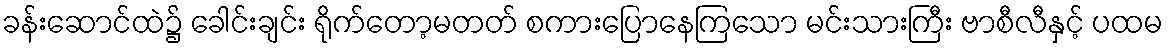
ခန်းဆောင်ထဲ၌ ခေါင်းချင်း ရိုက်တော့မတတ် စကားပြောနေကြသော မင်းသားကြီး ဗာစီလီနှင့် ပထမ